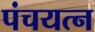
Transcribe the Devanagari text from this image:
पंचयत्न